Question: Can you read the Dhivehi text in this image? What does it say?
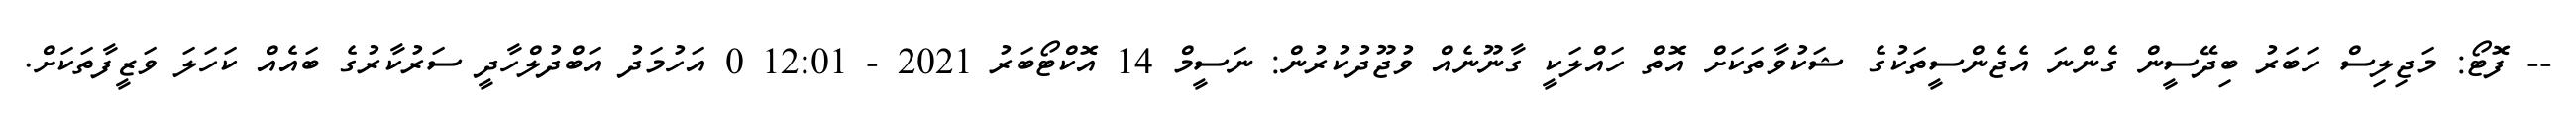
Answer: -- ފޮޓޯ: މަޖިލިސް ހަބަރު ބިދޭސީން ގެންނަ އެޖެންސީތަކުގެ ޝަކުވާތަކަށް އޮތް ހައްލަކީ ގާނޫނެއް ވުޖޫދުކުރުން: ނަސީމް 14 އޮކްޓޯބަރު 2021 - 12:01 0 އަހުމަދު އަބްދުލްހާދީ ސަރުކާރުގެ ބައެއް ކަހަލަ ވަޒީފާތަކަށް.